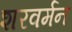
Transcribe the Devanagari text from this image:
शरवर्मन